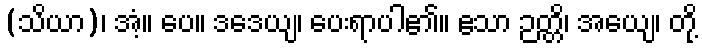
(သိယာ)၊ အံ့။ ပေ။ ဒဒေယျ၊ ပေးရာပါ၏။ ဧသာ ဉတ္တိ၊ အယျေ၊ တို့